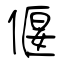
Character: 偃